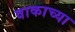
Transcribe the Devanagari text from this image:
वाकाच्या